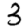
Digit: 3